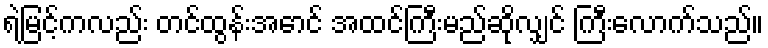
ရဲမြင့်ကလည်း တင်ထွန်းအောင် အထင်ကြီးမည်ဆိုလျှင် ကြီးလောက်သည်။